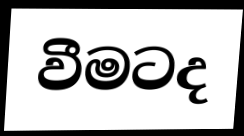
වීමටද